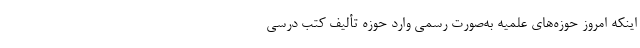
اینکه امروز حوزه‌های علمیه به‌صورت رسمی وارد حوزه تألیف کتب درسی